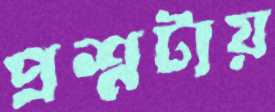
প্রশ্নটায়